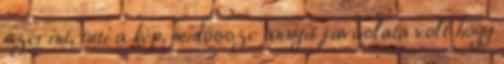
szerint, tuti a kép, midössze annyit javaslata volt hogy